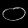
Digit: ၀